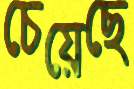
চেয়েছে